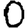
Digit: 0